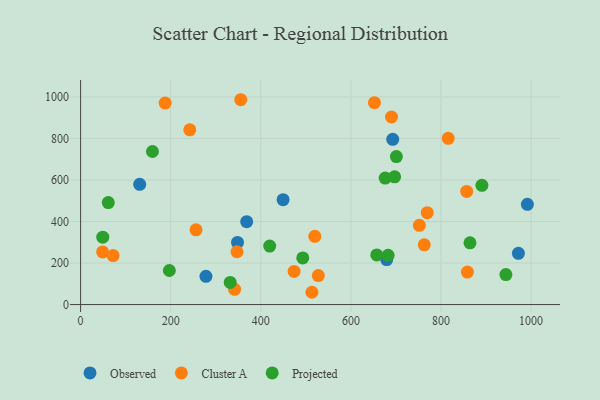
{"axis": {"x": "Price", "y": "Fuel Efficiency"}, "legend": ["Cluster A", "Observed", "Projected"], "data": [{"x": "971.9", "y": 246.6, "type": "Observed"}, {"x": "131.2", "y": 579.4, "type": "Observed"}, {"x": "679.5", "y": 216.9, "type": "Observed"}, {"x": "348.3", "y": 299.2, "type": "Observed"}, {"x": "449.5", "y": 505.2, "type": "Observed"}, {"x": "368.7", "y": 399.4, "type": "Observed"}, {"x": "692.9", "y": 795.8, "type": "Observed"}, {"x": "278.3", "y": 136.1, "type": "Observed"}, {"x": "991.8", "y": 483.0, "type": "Observed"}, {"x": "48.9", "y": 253.5, "type": "Cluster A"}, {"x": "690.2", "y": 903.4, "type": "Cluster A"}, {"x": "256.3", "y": 360.0, "type": "Cluster A"}, {"x": "242.4", "y": 841.7, "type": "Cluster A"}, {"x": "816.1", "y": 800.7, "type": "Cluster A"}, {"x": "527.7", "y": 139.8, "type": "Cluster A"}, {"x": "513.5", "y": 59.2, "type": "Cluster A"}, {"x": "72.2", "y": 235.8, "type": "Cluster A"}, {"x": "187.7", "y": 970.4, "type": "Cluster A"}, {"x": "857.1", "y": 544.8, "type": "Cluster A"}, {"x": "347.2", "y": 254.3, "type": "Cluster A"}, {"x": "474.0", "y": 159.4, "type": "Cluster A"}, {"x": "752.0", "y": 381.5, "type": "Cluster A"}, {"x": "769.6", "y": 442.6, "type": "Cluster A"}, {"x": "341.8", "y": 73.3, "type": "Cluster A"}, {"x": "519.9", "y": 328.8, "type": "Cluster A"}, {"x": "652.3", "y": 972.5, "type": "Cluster A"}, {"x": "355.6", "y": 986.7, "type": "Cluster A"}, {"x": "858.7", "y": 156.7, "type": "Cluster A"}, {"x": "762.9", "y": 287.8, "type": "Cluster A"}, {"x": "61.5", "y": 491.2, "type": "Projected"}, {"x": "944.1", "y": 144.4, "type": "Projected"}, {"x": "159.5", "y": 737.2, "type": "Projected"}, {"x": "419.8", "y": 281.7, "type": "Projected"}, {"x": "657.5", "y": 239.3, "type": "Projected"}, {"x": "676.1", "y": 609.1, "type": "Projected"}, {"x": "701.0", "y": 712.9, "type": "Projected"}, {"x": "890.9", "y": 574.6, "type": "Projected"}, {"x": "197.0", "y": 164.1, "type": "Projected"}, {"x": "332.1", "y": 106.5, "type": "Projected"}, {"x": "697.1", "y": 615.5, "type": "Projected"}, {"x": "682.6", "y": 237.0, "type": "Projected"}, {"x": "49.2", "y": 324.5, "type": "Projected"}, {"x": "864.4", "y": 297.5, "type": "Projected"}, {"x": "493.2", "y": 224.9, "type": "Projected"}]}